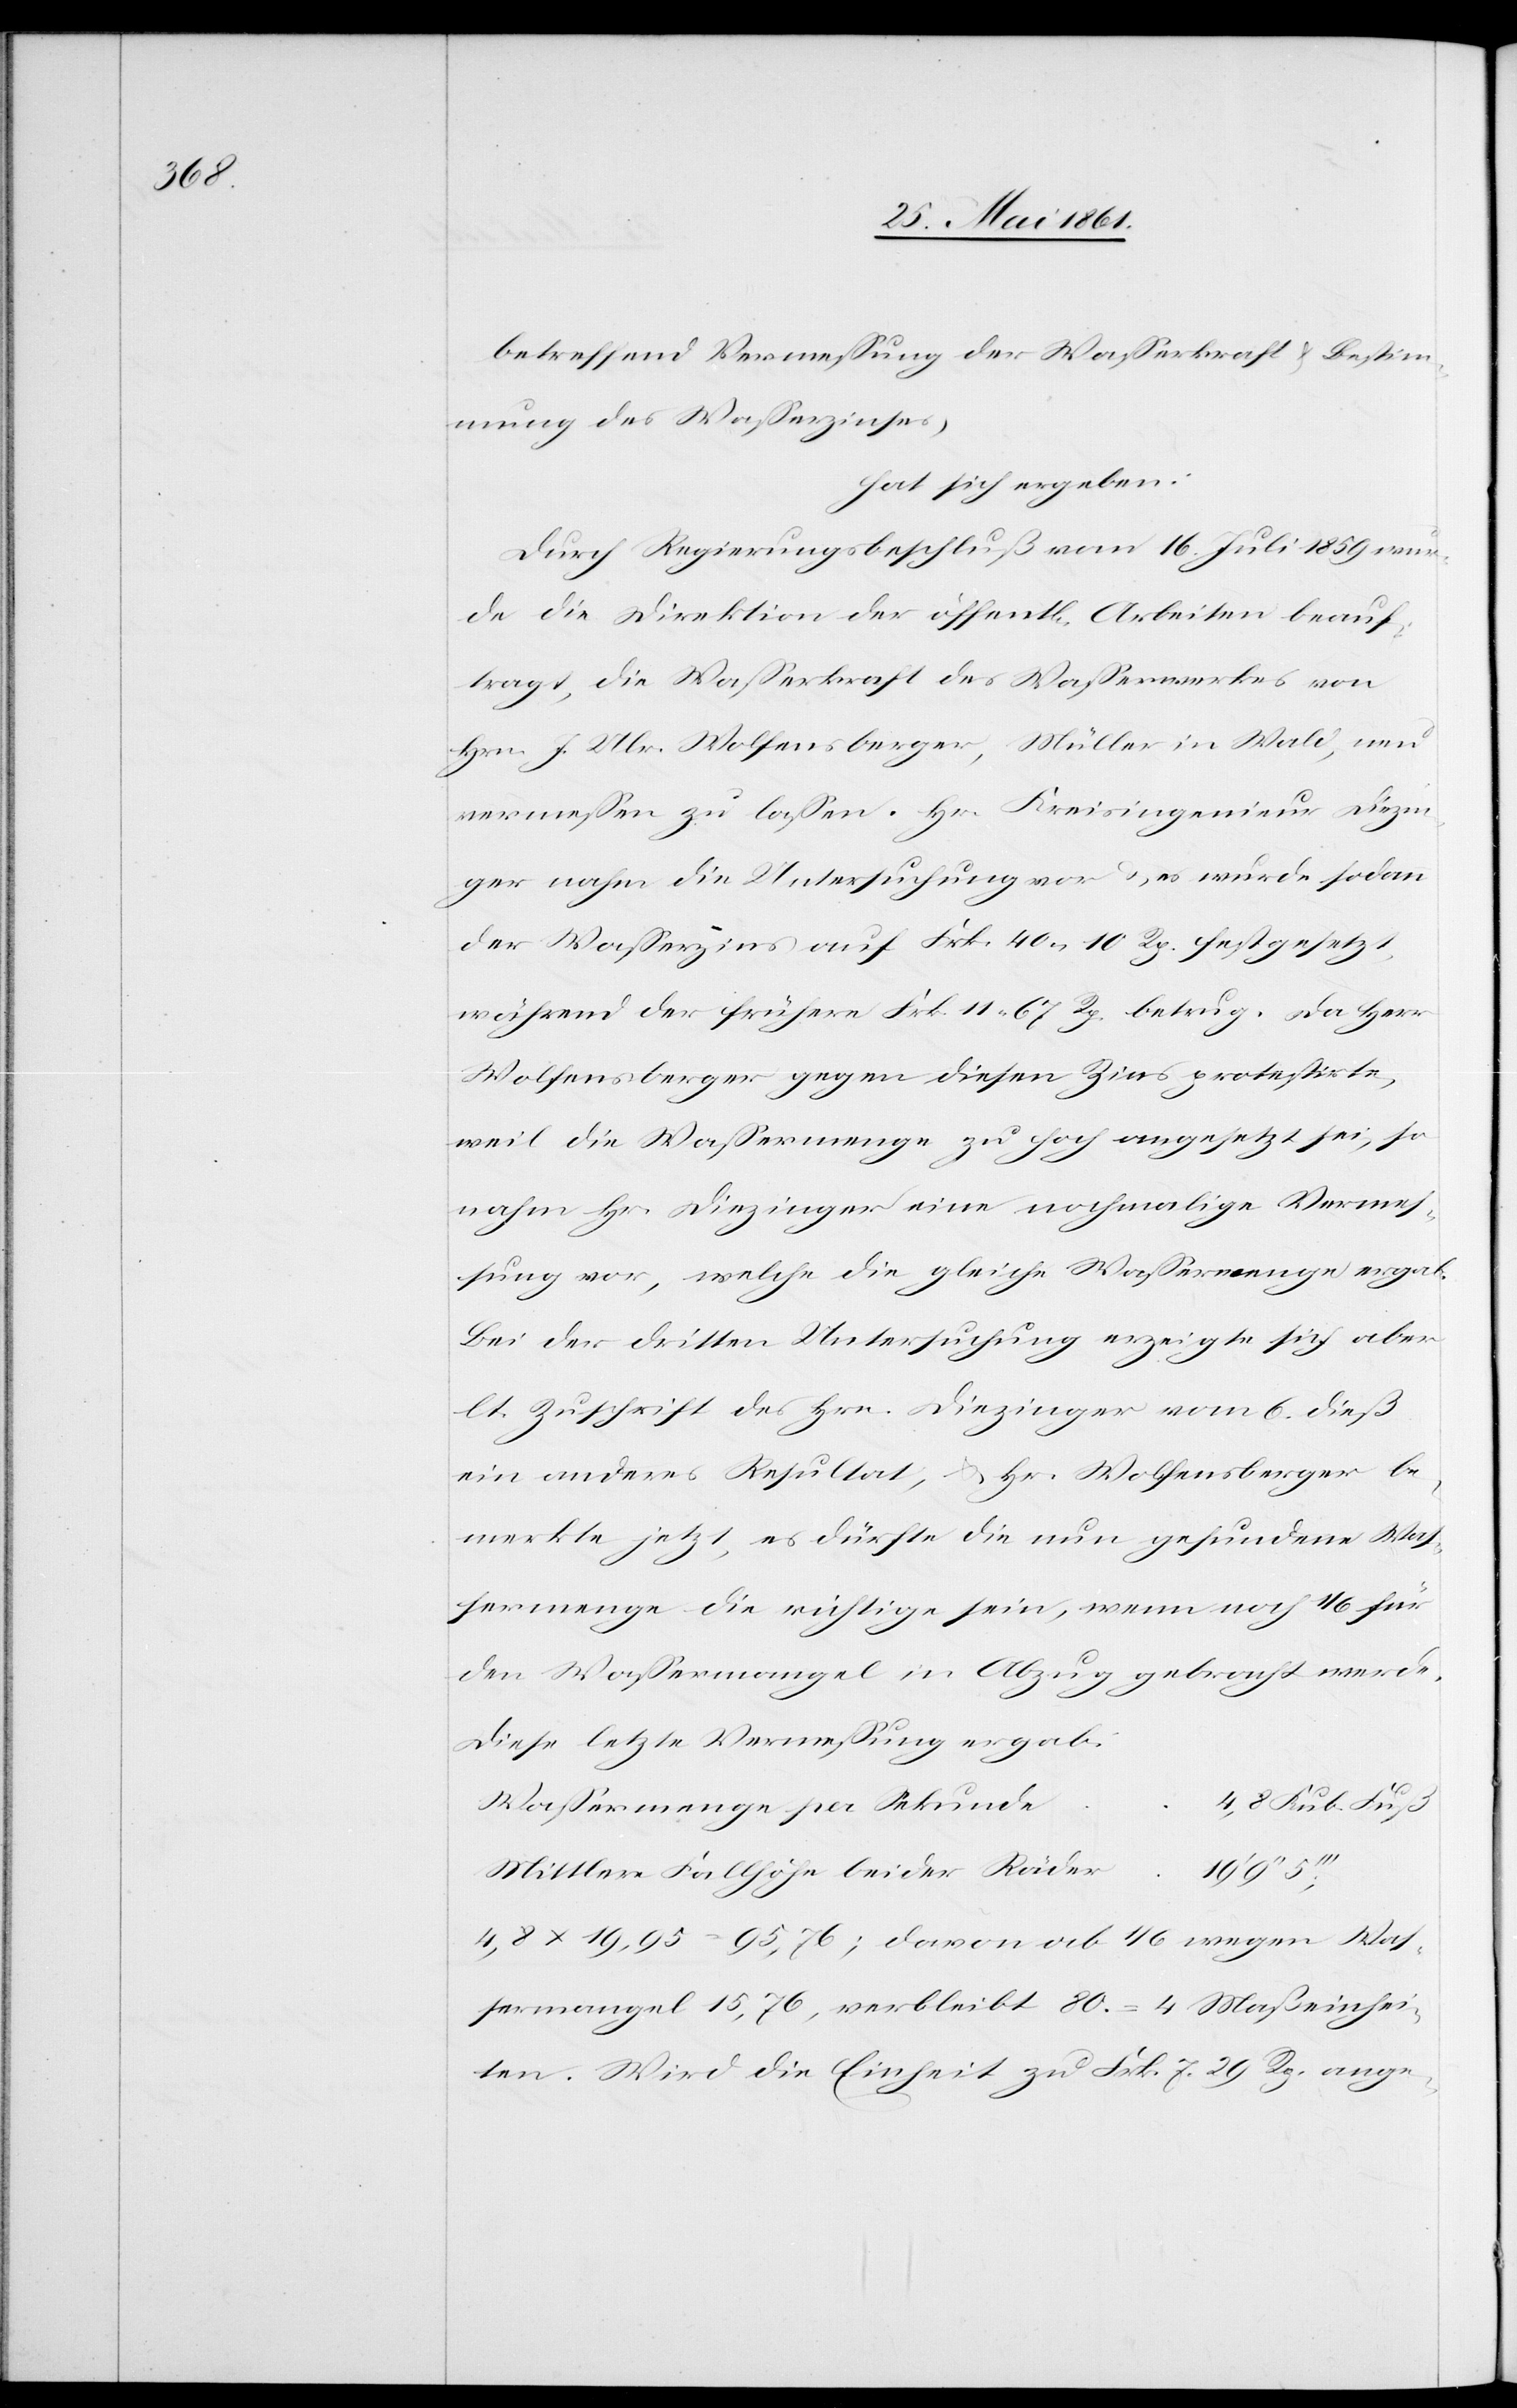
betreffend Vermessung der Wasserkraft u. Bestim¬
mung des Wasserzinses,
hat sich ergeben:
Durch Regierungsbeschluß vom 16. Juli 1859 wur¬
de die Direktion der öffent[lichen] Arbeiten beauf¬
tragt, die Wasserkraft des Wasserwerkes von
Hrn. J. Ulr. Wolfensberger, Müller in Wald, neu
vermessen zu lassen. Hr. Kreisingenieur Diezin¬
ger nahm die Untersuchung vor u. es wurde sodann
der Wasserzins auf Frk. 40 10 Rp. festgesetzt,
während der frühere Frk. 11 67 Rp. betrug. Da Herr
Wolfensberger gegen diesen Zins protestirte,
weil die Wassermenge zu hoch angesetzt sei, so
nahm Hr. Diezinger eine nochmalige Vermes¬
sung vor, welche die gleiche Wassermenge ergab.
Bei der dritten Untersuchung erzeigte sich aber
lt. Zuschrift des Hrn. Diezinger vom 6. dieß
ein anderes Resultat, u. Hr. Wolfensberger be¬
merkte jetzt, es dürfte die nun gefundene Was¬
sermenge die richtige sein, wenn noch 1/6 für
den Wassermangel in Abzug gebracht werde.
Diese letzte Vermessung ergab:
Wassermenge per Sekunde
Mittlere Fallhöhe beider Räder	19’
4,8 x 19,95 = 95,76; davon ab 1/6 wegen Was¬
sermangel 15,76, verbleit 80 = 4 Maßeinhei¬
ten. Wird die Einheit zu Frk. 7 29 Rp. ange-